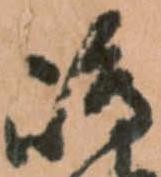
嶋